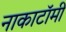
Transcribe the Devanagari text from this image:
नाकाटॉमी